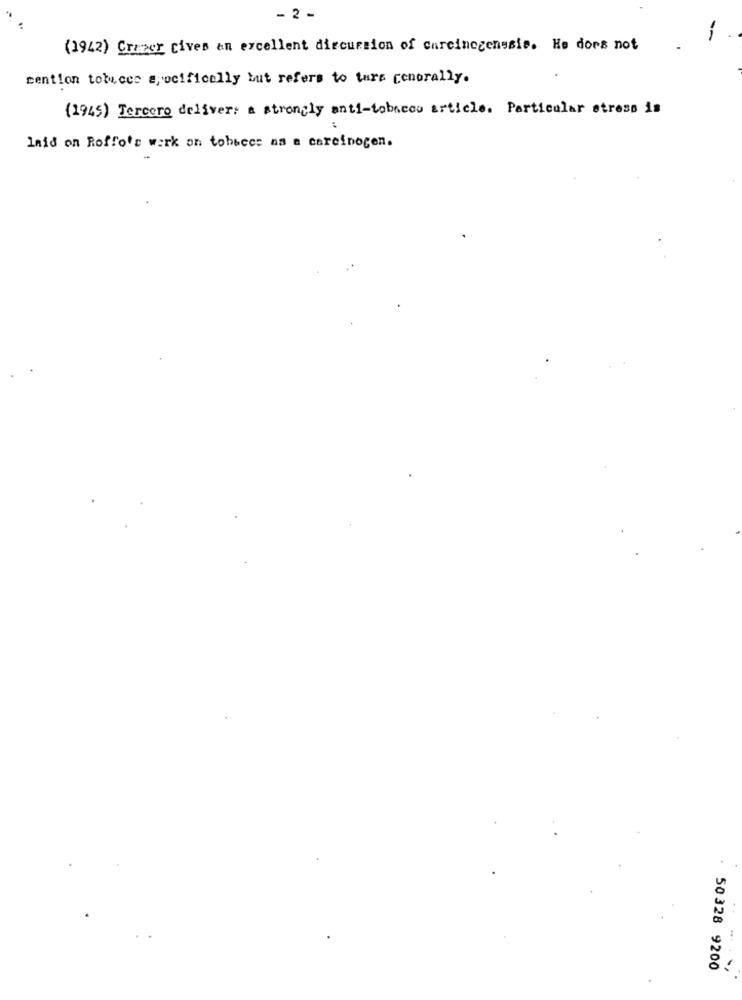
- 2 -
(1942) Cruzer Cives an excellent discussion of carcinogenesis. He does not
cention tobecce ejocifically but refers to ture cenorally.
(1945) Tercero deliver: a strongly anti-tobacco article. Particular stress is
laid on Roffo's wark on tobbect as a carcinogen.
50328 9200